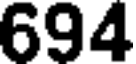
694